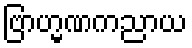
ဗြာဟ္မဏကညာယ